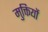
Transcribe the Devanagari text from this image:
मुक्तियों